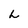
Character: L